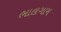
ભાલગામ